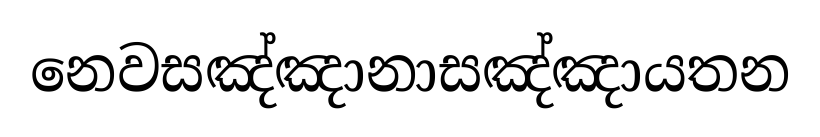
නෙවසඤ්ඤානාසඤ්ඤායතන